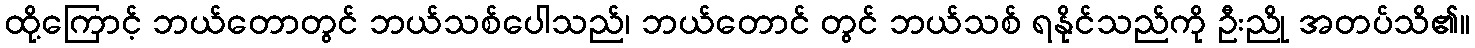
ထို့ကြောင့် ဘယ်တောတွင် ဘယ်သစ်ပေါသည်၊ ဘယ်တောင် တွင် ဘယ်သစ် ရနိုင်သည်ကို ဦးညို အတပ်သိ၏။